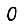
Digit: 0